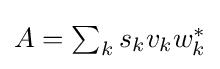
{\textstyle A=\sum _{k}s_{k}v_{k}w_{k}^{*}}